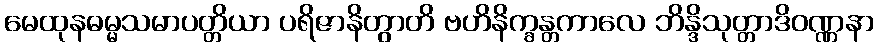
မေထုနဓမ္မသမာပတ္တိယာ ပရိဇာနိတွာတိ ဗဟိနိက္ခန္တကာလေ ဘိန္ဒိသုတ္တာဒိဝဏ္ဏနာ